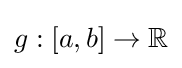
g:[a,b]\to \mathbb {R}